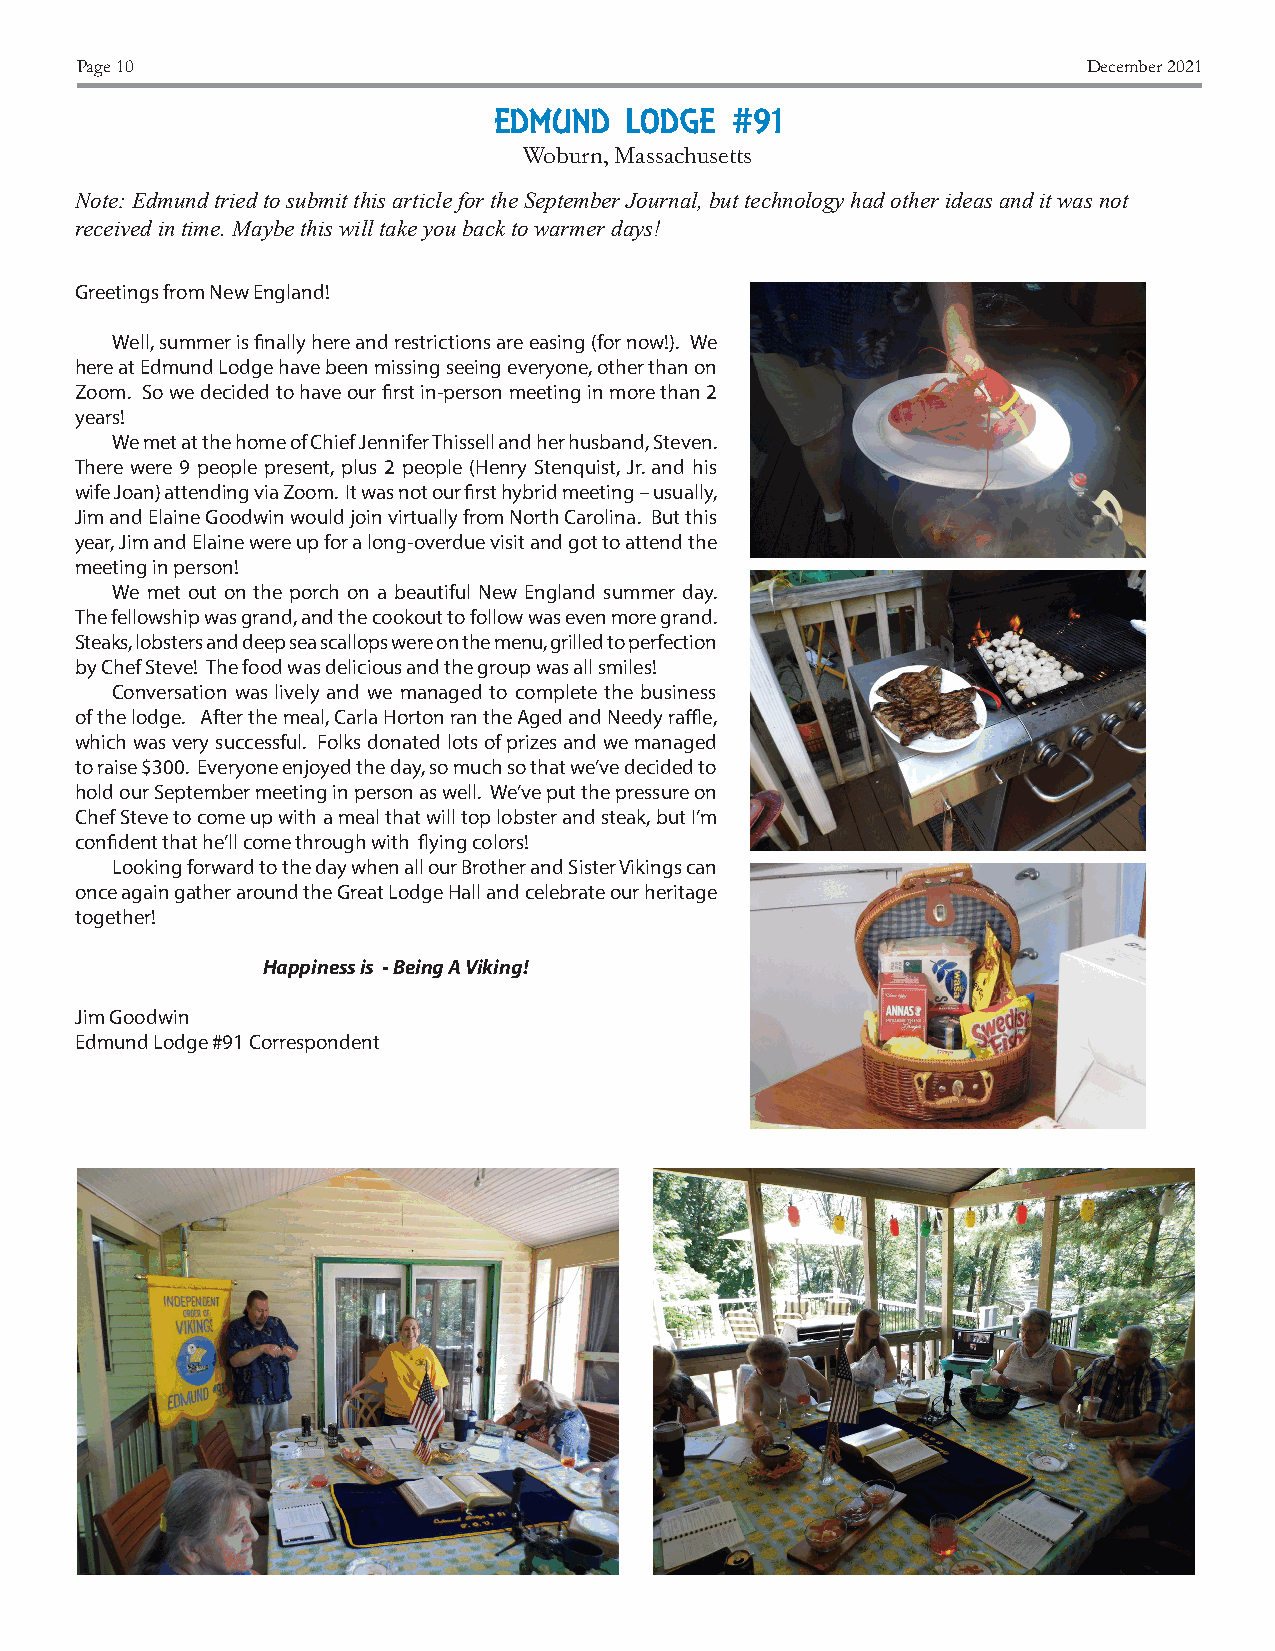
Page 10                                                            December 2021
 EDMUND  LODGE  #91
 Woburn, Massachusetts
 Note: Edmund tried to submit this article for the September Journal, but technology had other ideas and it was not
 received in time. Maybe this will take you back to warmer days!
 Greetings from New England!
 Well, summer is finally here and restrictions are easing (for now!). We
 here at Edmund Lodge have been missing seeing everyone, other than on
 Zoom. So we decided to have our first in-person meeting in more than 2
 years!
 We met at the home of Chief Jennifer Thissell and her husband, Steven.
 There were 9 people present, plus 2 people (Henry Stenquist, Jr. and his
 wife Joan) attending via Zoom. It was not our first hybrid meeting – usually,
 Jim and Elaine Goodwin would join virtually from North Carolina. But this
 year, Jim and Elaine were up for a long-overdue visit and got to attend the
 meeting in person!
 We met out on the porch on a beautiful New England summer day.
 The fellowship was grand, and the cookout to follow was even more grand.
 Steaks, lobsters and deep sea scallops were on the menu, grilled to perfection
 by Chef Steve! The food was delicious and the group was all smiles!
 Conversation was lively and we managed to complete the business
 of the lodge. After the meal, Carla Horton ran the Aged and Needy raffle,
 which was very successful. Folks donated lots of prizes and we managed
 to raise $300. Everyone enjoyed the day, so much so that we’ve decided to
 hold our September meeting in person as well. We’ve put the pressure on
 Chef Steve to come up with a meal that will top lobster and steak, but I’m
 confident that he’ll come through with flying colors!
 Looking forward to the day when all our Brother and Sister Vikings can
 once again gather around the Great Lodge Hall and celebrate our heritage
 together!
 Happiness is - Being A Viking!
 Jim Goodwin
 Edmund Lodge #91 Correspondent